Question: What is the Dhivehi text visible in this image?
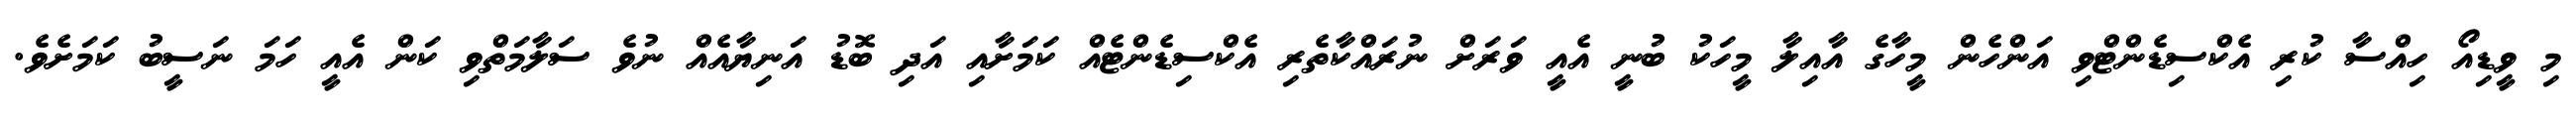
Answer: މި ވީޑިއޯ ހިއްސާ ކުރި އެކްސިޑެންޓްވި އަންހެން މީހާގެ އާއިލާ މީހަކު ބުނީ އެއީ ވަރަށް ނުރައްކާތެރި އެކްސިޑެންޓެއް ކަމަށާއި އަދި ބޮޑު އަނިޔާއެއް ނުވެ ސަލާމަތްވި ކަން އެއީ ހަމަ ނަސީބު ކަމަށެވެ.